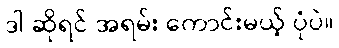
ဒါ ဆိုရင် အရမ်း ကောင်းမယ့် ပုံပဲ။